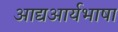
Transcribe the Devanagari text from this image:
आद्यआर्यभाषा